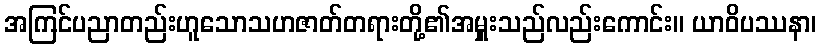
အကြင်ပညာတည်းဟူသောသဟဇာတ်တရားတို့၏အမှူးသည်လည်းကောင်း။ ယာဝိပဿနာ၊